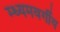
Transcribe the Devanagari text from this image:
म्ध्यमवर्गीय